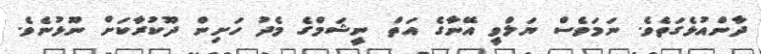
ދާންއުޅެގަތެވެ. ނަމަވެސް ޔަލްވީ އޭނާގެ އަތް ނީޝަމްގެ މެދު ހަށިން ދޫކުރާކަށް ނޫޅުނެވެ.